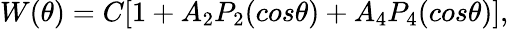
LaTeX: \begin{array}{r}{W(\theta)=C[1+A_{2}P_{2}(cos\theta)+A_{4}P_{4}(cos\theta)],}\end{array}